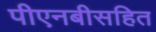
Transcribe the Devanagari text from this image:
पीएनबीसहित